Vaccine operations Central Provinces 1886-1899 - 1886-1899
Year: 1886
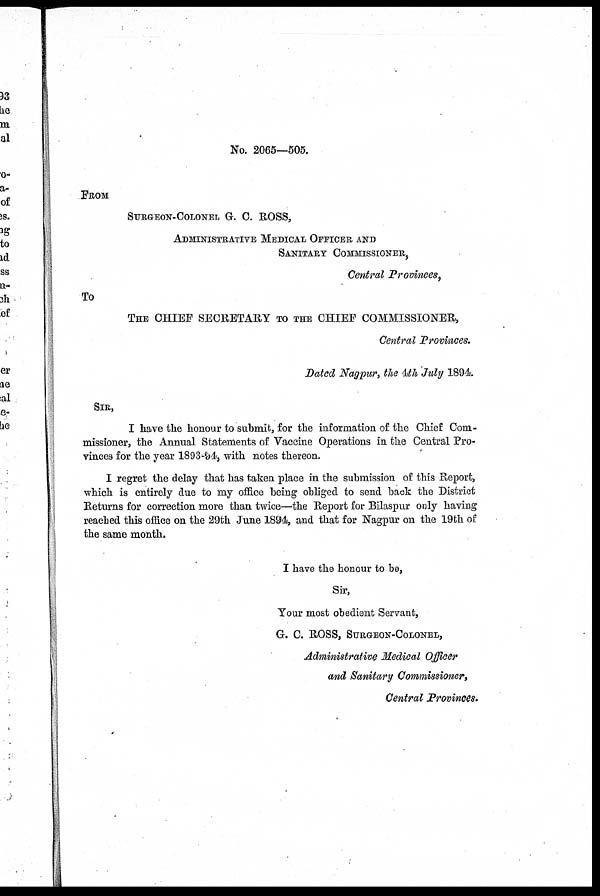
No. 2065—505.
FROM
SURGEON-COLONEL G. C. ROSS,
ADMINISTRATIVE MEDICAL OFFICER AND
SANITARY COMMISSIONER,
Central Provinces,
To
THE CHIEF SECRETARY TO THE CHIEF COMMISSIONER,
Central Provinces.
Dated Nagpur, the 4th July 1894.
SIR,
I have the honour to submit, for the information of the Chief Com-
missioner, the Annual Statements of Vaccine Operations in the Central Pro-
vinces for the year 1893-94, with notes thereon.
I regret the delay that has taken place in the submission of this Report,
which is entirely due to my office being obliged to send back the District
Returns for correction more than twice—the Report for Bilaspur only having
reached this office on the 29th June 1894, and that for Nagpur on the 19th of
the same month.
I have the honour to be,
Sir,
Your most obedient Servant,
G. C. ROSS, SURGEON-COLONEL,
Administrative Medical Officer
and Sanitary Commissioner,
Central Provinces.